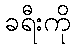
ခရီးကို